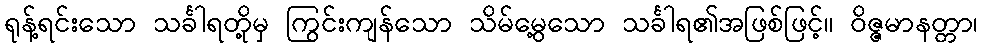
ရုန့်ရင်းသော သင်္ခါရတို့မှ ကြွင်းကျန်သော သိမ်မွေ့သော သင်္ခါရ၏အဖြစ်ဖြင့်။ ဝိဇ္ဇမာနတ္တာ၊